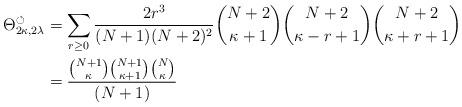
LaTeX: \begin{align*} \Theta_{2\kappa,2\lambda}^\circlearrowleft & = \sum_{r\geq 0} \frac{2r^3}{(N+1)(N+2)^2} \binom{N+2}{\kappa+1}\binom{N+2}{\kappa-r+1}\binom{N+2}{\kappa+r+1} & \\ & =\frac{\binom{N+1}{\kappa}\binom{N+1}{\kappa +1}\binom{N}{\kappa}}{(N+ 1)} \end{align*}